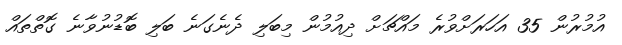
އުމުރުން 35 އަހަރަށްވުރެ މައްޗަށް ދިއުމުން މިބަލި ދެނެގަނެ ބަލި ބޮޑުނުވާނެ ގޮތްތައް